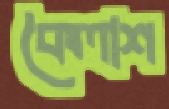
কৈলাশ